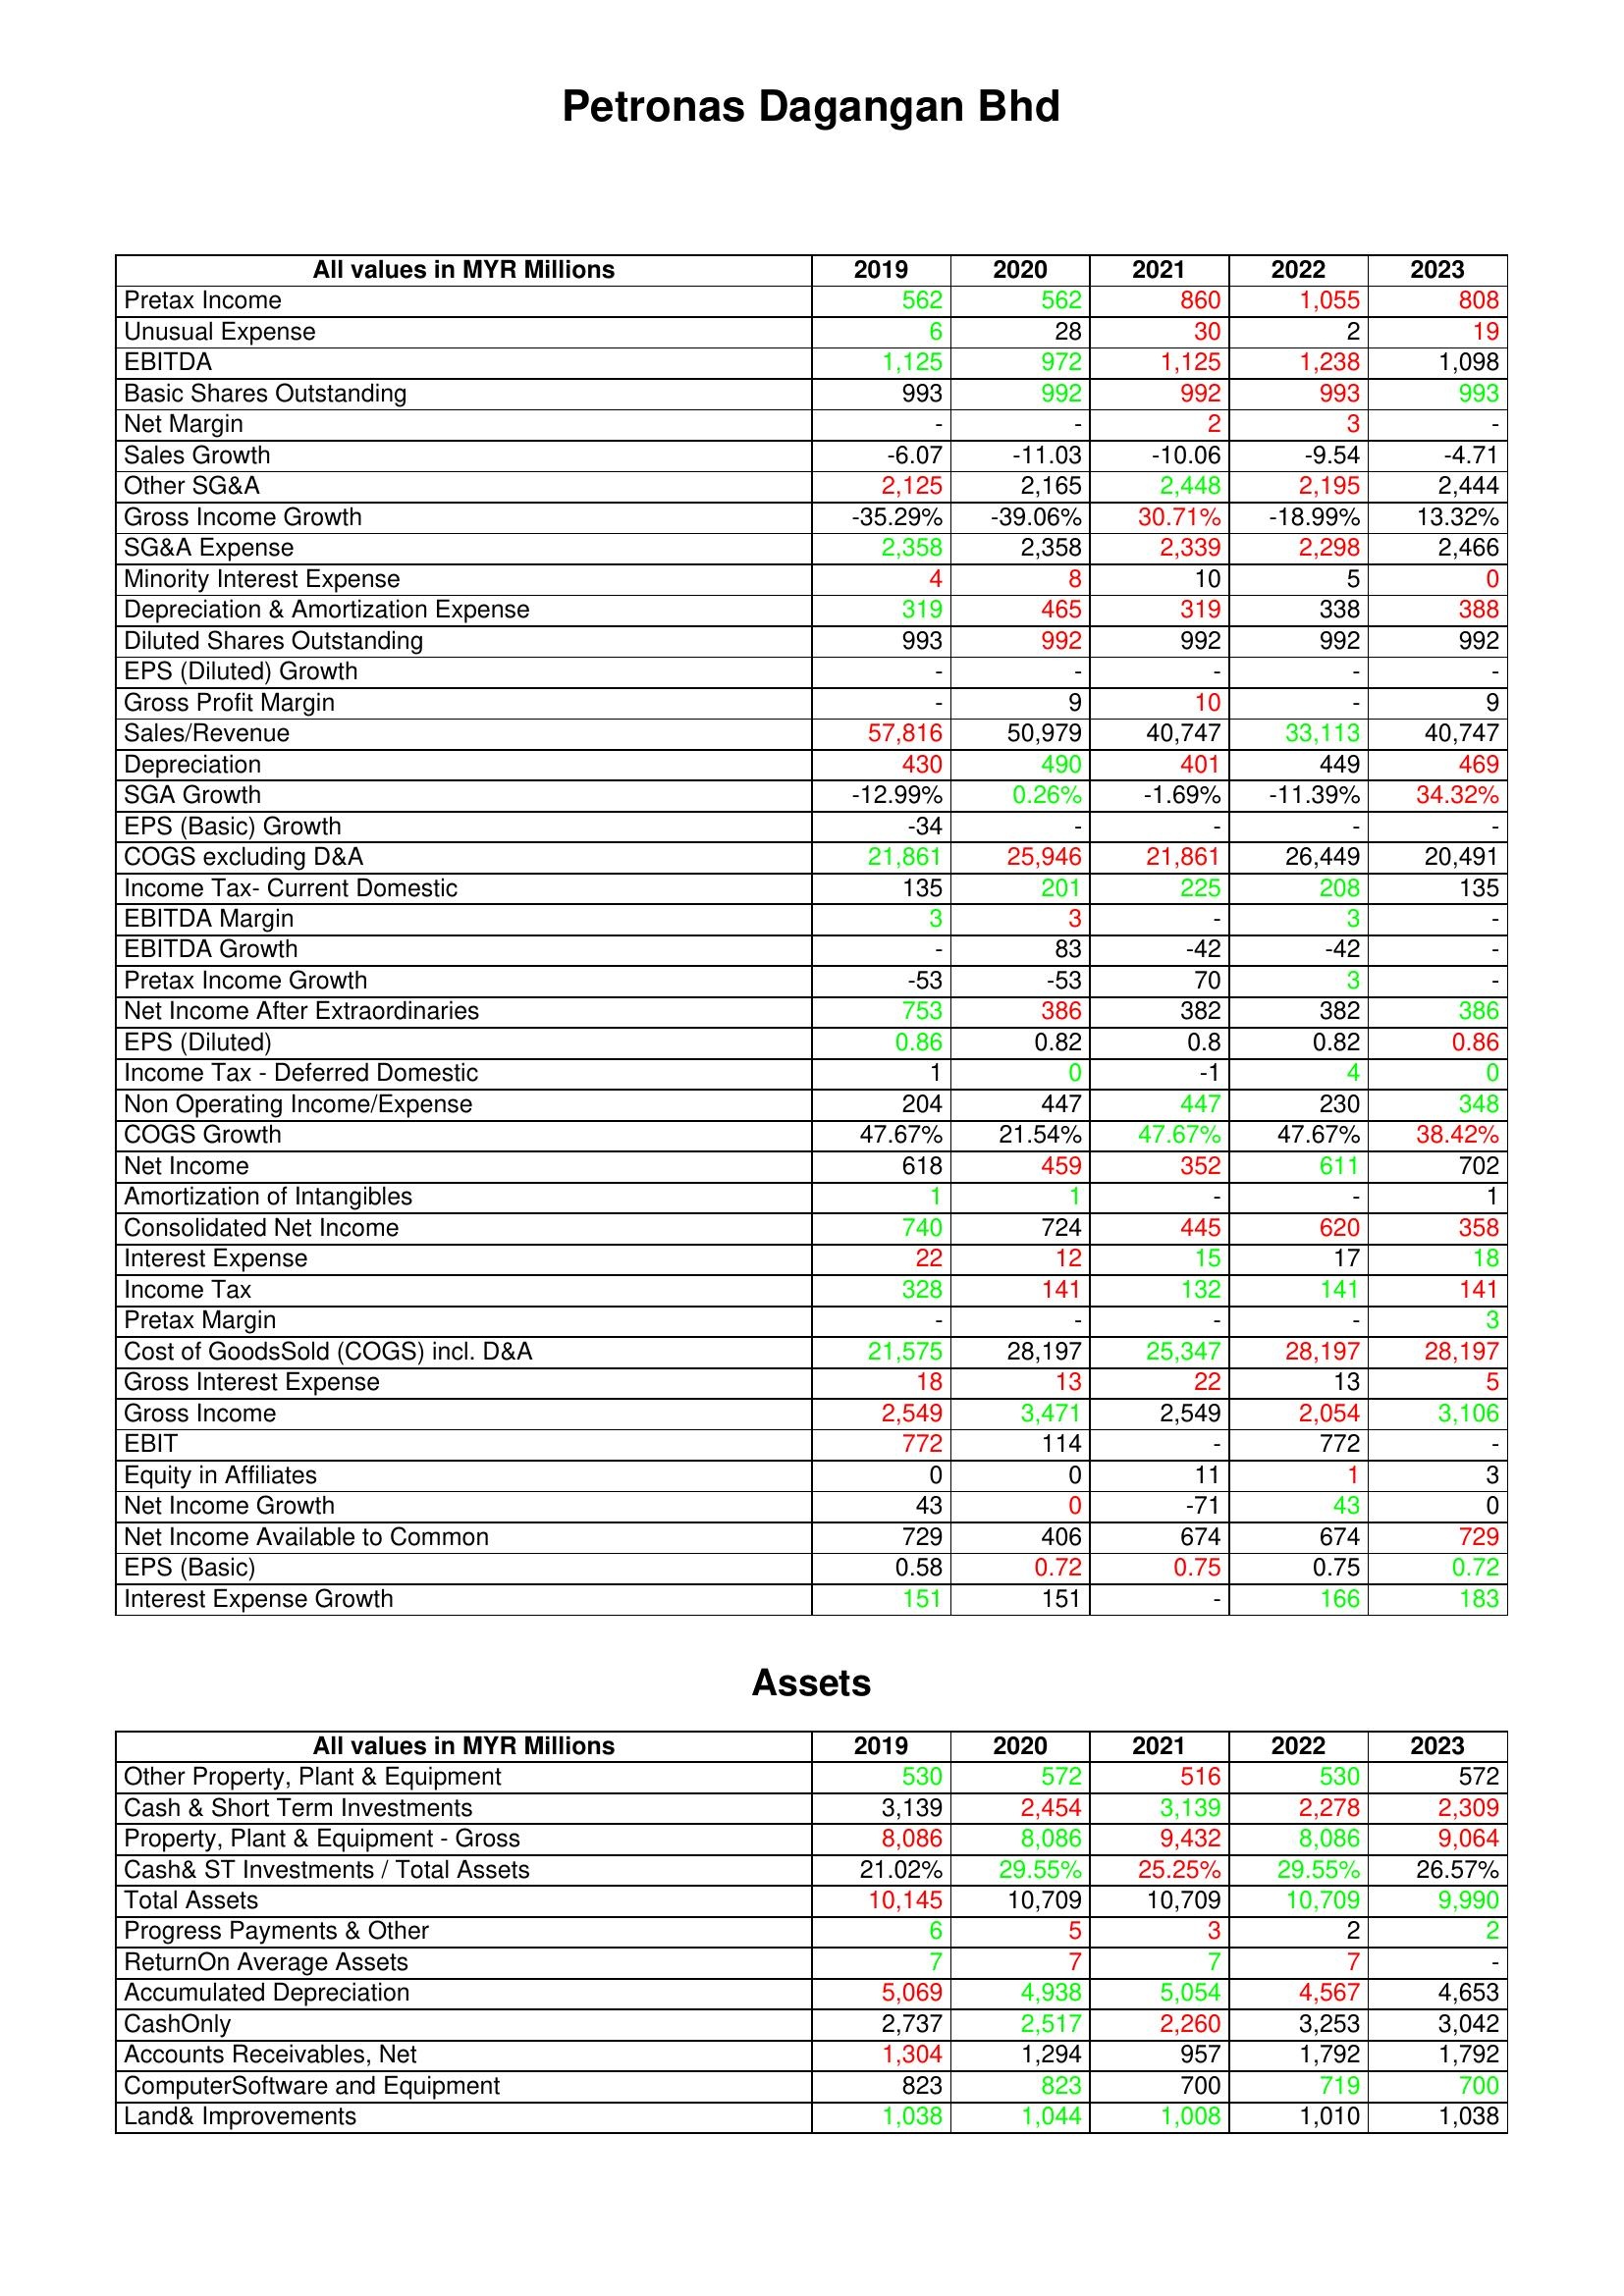
gt_parse: 2019: : Pretax Income: 562
Unusual Expense: 6
EBITDA: 1,125
Basic Shares Outstanding: 993
Net Margin: -
Sales Growth: -6.07
Other SG&A: 2,125
Gross Income Growth: -35.29%
SG&A Expense: 2,358
Minority Interest Expense: 4
Depreciation & Amortization Expense: 319
Diluted Shares Outstanding: 993
EPS (Diluted) Growth: -
Gross Profit Margin: -
Sales/Revenue: 57,816
Depreciation: 430
SGA Growth: -12.99%
EPS (Basic) Growth: -34
COGS excluding D&A: 21,861
Income Tax- Current Domestic: 135
EBITDA Margin: 3
EBITDA Growth: -
Pretax Income Growth: -53
Net Income After Extraordinaries: 753
EPS (Diluted): 0.86
Income Tax - Deferred Domestic: 1
Non Operating Income/Expense: 204
COGS Growth: 47.67%
Net Income: 618
Amortization of Intangibles: 1
Consolidated Net Income: 740
Interest Expense: 22
Income Tax: 328
Pretax Margin: -
Cost of GoodsSold (COGS) incl. D&A: 21,575
Gross Interest Expense: 18
Gross Income: 2,549
EBIT: 772
Equity in Affiliates: 0
Net Income Growth: 43
Net Income Available to Common: 729
EPS (Basic): 0.58
Interest Expense Growth: 151
Assets: Other Property, Plant & Equipment: 530
Cash & Short Term Investments: 3,139
Property, Plant & Equipment - Gross : 8,086
Cash& ST Investments / Total Assets: 21.02%
Total Assets: 10,145
Progress Payments & Other: 6
ReturnOn Average Assets: 7
Accumulated Depreciation: 5,069
CashOnly: 2,737
Accounts Receivables, Net: 1,304
ComputerSoftware and Equipment: 823
Land& Improvements: 1,038
2020: : Pretax Income: 562
Unusual Expense: 28
EBITDA: 972
Basic Shares Outstanding: 992
Net Margin: -
Sales Growth: -11.03
Other SG&A: 2,165
Gross Income Growth: -39.06%
SG&A Expense: 2,358
Minority Interest Expense: 8
Depreciation & Amortization Expense: 465
Diluted Shares Outstanding: 992
EPS (Diluted) Growth: -
Gross Profit Margin: 9
Sales/Revenue: 50,979
Depreciation: 490
SGA Growth: 0.26%
EPS (Basic) Growth: -
COGS excluding D&A: 25,946
Income Tax- Current Domestic: 201
EBITDA Margin: 3
EBITDA Growth: 83
Pretax Income Growth: -53
Net Income After Extraordinaries: 386
EPS (Diluted): 0.82
Income Tax - Deferred Domestic: 0
Non Operating Income/Expense: 447
COGS Growth: 21.54%
Net Income: 459
Amortization of Intangibles: 1
Consolidated Net Income: 724
Interest Expense: 12
Income Tax: 141
Pretax Margin: -
Cost of GoodsSold (COGS) incl. D&A: 28,197
Gross Interest Expense: 13
Gross Income: 3,471
EBIT: 114
Equity in Affiliates: 0
Net Income Growth: 0
Net Income Available to Common: 406
EPS (Basic): 0.72
Interest Expense Growth: 151
Assets: Other Property, Plant & Equipment: 572
Cash & Short Term Investments: 2,454
Property, Plant & Equipment - Gross : 8,086
Cash& ST Investments / Total Assets: 29.55%
Total Assets: 10,709
Progress Payments & Other: 5
ReturnOn Average Assets: 7
Accumulated Depreciation: 4,938
CashOnly: 2,517
Accounts Receivables, Net: 1,294
ComputerSoftware and Equipment: 823
Land& Improvements: 1,044
2021: : Pretax Income: 860
Unusual Expense: 30
EBITDA: 1,125
Basic Shares Outstanding: 992
Net Margin: 2
Sales Growth: -10.06
Other SG&A: 2,448
Gross Income Growth: 30.71%
SG&A Expense: 2,339
Minority Interest Expense: 10
Depreciation & Amortization Expense: 319
Diluted Shares Outstanding: 992
EPS (Diluted) Growth: -
Gross Profit Margin: 10
Sales/Revenue: 40,747
Depreciation: 401
SGA Growth: -1.69%
EPS (Basic) Growth: -
COGS excluding D&A: 21,861
Income Tax- Current Domestic: 225
EBITDA Margin: -
EBITDA Growth: -42
Pretax Income Growth: 70
Net Income After Extraordinaries: 382
EPS (Diluted): 0.8
Income Tax - Deferred Domestic: -1
Non Operating Income/Expense: 447
COGS Growth: 47.67%
Net Income: 352
Amortization of Intangibles: -
Consolidated Net Income: 445
Interest Expense: 15
Income Tax: 132
Pretax Margin: -
Cost of GoodsSold (COGS) incl. D&A: 25,347
Gross Interest Expense: 22
Gross Income: 2,549
EBIT: -
Equity in Affiliates: 11
Net Income Growth: -71
Net Income Available to Common: 674
EPS (Basic): 0.75
Interest Expense Growth: -
Assets: Other Property, Plant & Equipment: 516
Cash & Short Term Investments: 3,139
Property, Plant & Equipment - Gross : 9,432
Cash& ST Investments / Total Assets: 25.25%
Total Assets: 10,709
Progress Payments & Other: 3
ReturnOn Average Assets: 7
Accumulated Depreciation: 5,054
CashOnly: 2,260
Accounts Receivables, Net: 957
ComputerSoftware and Equipment: 700
Land& Improvements: 1,008
2022: : Pretax Income: 1,055
Unusual Expense: 2
EBITDA: 1,238
Basic Shares Outstanding: 993
Net Margin: 3
Sales Growth: -9.54
Other SG&A: 2,195
Gross Income Growth: -18.99%
SG&A Expense: 2,298
Minority Interest Expense: 5
Depreciation & Amortization Expense: 338
Diluted Shares Outstanding: 992
EPS (Diluted) Growth: -
Gross Profit Margin: -
Sales/Revenue: 33,113
Depreciation: 449
SGA Growth: -11.39%
EPS (Basic) Growth: -
COGS excluding D&A: 26,449
Income Tax- Current Domestic: 208
EBITDA Margin: 3
EBITDA Growth: -42
Pretax Income Growth: 3
Net Income After Extraordinaries: 382
EPS (Diluted): 0.82
Income Tax - Deferred Domestic: 4
Non Operating Income/Expense: 230
COGS Growth: 47.67%
Net Income: 611
Amortization of Intangibles: -
Consolidated Net Income: 620
Interest Expense: 17
Income Tax: 141
Pretax Margin: -
Cost of GoodsSold (COGS) incl. D&A: 28,197
Gross Interest Expense: 13
Gross Income: 2,054
EBIT: 772
Equity in Affiliates: 1
Net Income Growth: 43
Net Income Available to Common: 674
EPS (Basic): 0.75
Interest Expense Growth: 166
Assets: Other Property, Plant & Equipment: 530
Cash & Short Term Investments: 2,278
Property, Plant & Equipment - Gross : 8,086
Cash& ST Investments / Total Assets: 29.55%
Total Assets: 10,709
Progress Payments & Other: 2
ReturnOn Average Assets: 7
Accumulated Depreciation: 4,567
CashOnly: 3,253
Accounts Receivables, Net: 1,792
ComputerSoftware and Equipment: 719
Land& Improvements: 1,010
2023: : Pretax Income: 808
Unusual Expense: 19
EBITDA: 1,098
Basic Shares Outstanding: 993
Net Margin: -
Sales Growth: -4.71
Other SG&A: 2,444
Gross Income Growth: 13.32%
SG&A Expense: 2,466
Minority Interest Expense: 0
Depreciation & Amortization Expense: 388
Diluted Shares Outstanding: 992
EPS (Diluted) Growth: -
Gross Profit Margin: 9
Sales/Revenue: 40,747
Depreciation: 469
SGA Growth: 34.32%
EPS (Basic) Growth: -
COGS excluding D&A: 20,491
Income Tax- Current Domestic: 135
EBITDA Margin: -
EBITDA Growth: -
Pretax Income Growth: -
Net Income After Extraordinaries: 386
EPS (Diluted): 0.86
Income Tax - Deferred Domestic: 0
Non Operating Income/Expense: 348
COGS Growth: 38.42%
Net Income: 702
Amortization of Intangibles: 1
Consolidated Net Income: 358
Interest Expense: 18
Income Tax: 141
Pretax Margin: 3
Cost of GoodsSold (COGS) incl. D&A: 28,197
Gross Interest Expense: 5
Gross Income: 3,106
EBIT: -
Equity in Affiliates: 3
Net Income Growth: 0
Net Income Available to Common: 729
EPS (Basic): 0.72
Interest Expense Growth: 183
Assets: Other Property, Plant & Equipment: 572
Cash & Short Term Investments: 2,309
Property, Plant & Equipment - Gross : 9,064
Cash& ST Investments / Total Assets: 26.57%
Total Assets: 9,990
Progress Payments & Other: 2
ReturnOn Average Assets: -
Accumulated Depreciation: 4,653
CashOnly: 3,042
Accounts Receivables, Net: 1,792
ComputerSoftware and Equipment: 700
Land& Improvements: 1,038